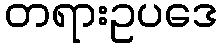
တရားဥပဒေ